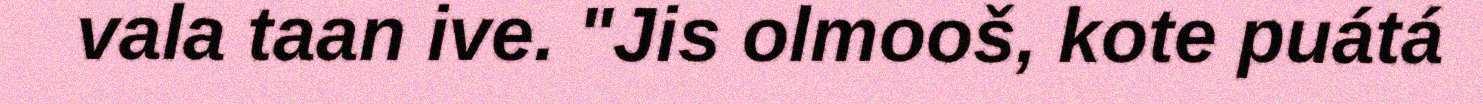
vala taan ive. "Jis olmooš, kote puátá